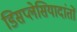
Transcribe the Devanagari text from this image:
डिसप्लेसियादांतों